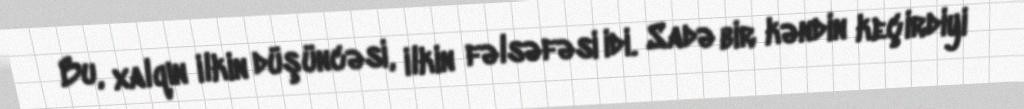
Bu, xalqın ilkin düşüncəsi, ilkin fəlsəfəsi idi. Sadə bir kəndin keçirdiyi